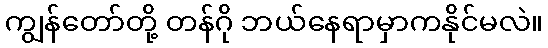
ကျွန်တော်တို့ တန်ဂို ဘယ်နေရာမှာကနိုင်မလဲ။